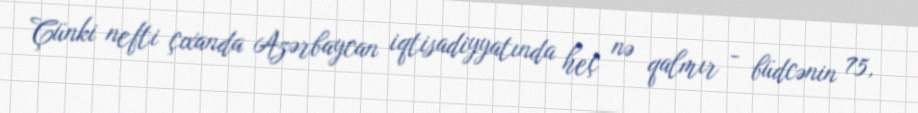
Çünki nefti çıxanda Azərbaycan iqtisadiyyatında heç nə qalmır - büdcənin 75,